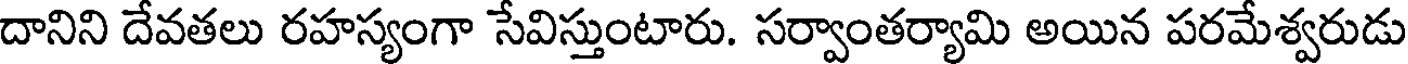
దానిని దేవతలు రహస్యంగా సేవిస్తుంటారు. సర్వాంతర్యామి అయిన పరమేశ్వరుడు